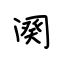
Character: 阕